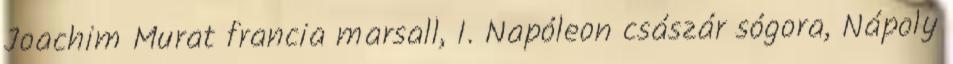
Joachim Murat francia marsall, I. Napóleon császár sógora, Nápoly